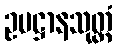
ဥပဋ္ဌာနသုတ္တံ